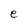
Character: e